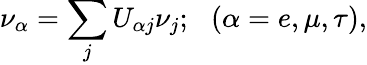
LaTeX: \nu_{\alpha}=\sum_{j}U_{\alpha j}\nu_{j};\: \: \: (\alpha=e,\mu,\tau),